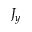
J _ { y }